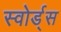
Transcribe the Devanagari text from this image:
स्वोर्ड्स